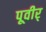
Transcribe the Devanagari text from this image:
पूवीर्